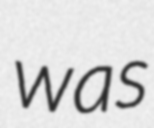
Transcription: was